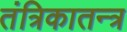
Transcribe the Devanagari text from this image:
तंत्रिकातन्त्र